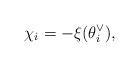
LaTeX: \begin{align*}\chi_i=-\xi(\theta_i^\vee),\end{align*}